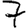
Digit: 7